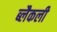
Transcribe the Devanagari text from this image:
ब्लैकली